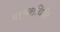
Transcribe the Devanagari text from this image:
गर्भस्थिति